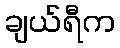
ချယ်ရီက